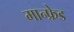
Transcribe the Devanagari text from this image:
मान्फ्रेड